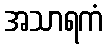
အသာရကံ